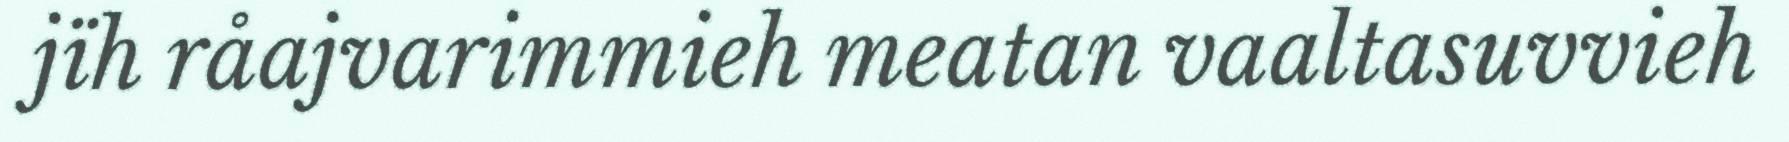
jïh råajvarimmieh meatan vaaltasuvvieh